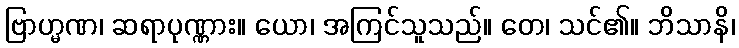
ဗြာဟ္မဏ၊ ဆရာပုဏ္ဏား။ ယော၊ အကြင်သူသည်။ တေ၊ သင်၏။ ဘိသာနိ၊